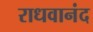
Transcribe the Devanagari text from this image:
राधवानंद